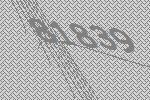
81839